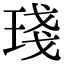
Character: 琖